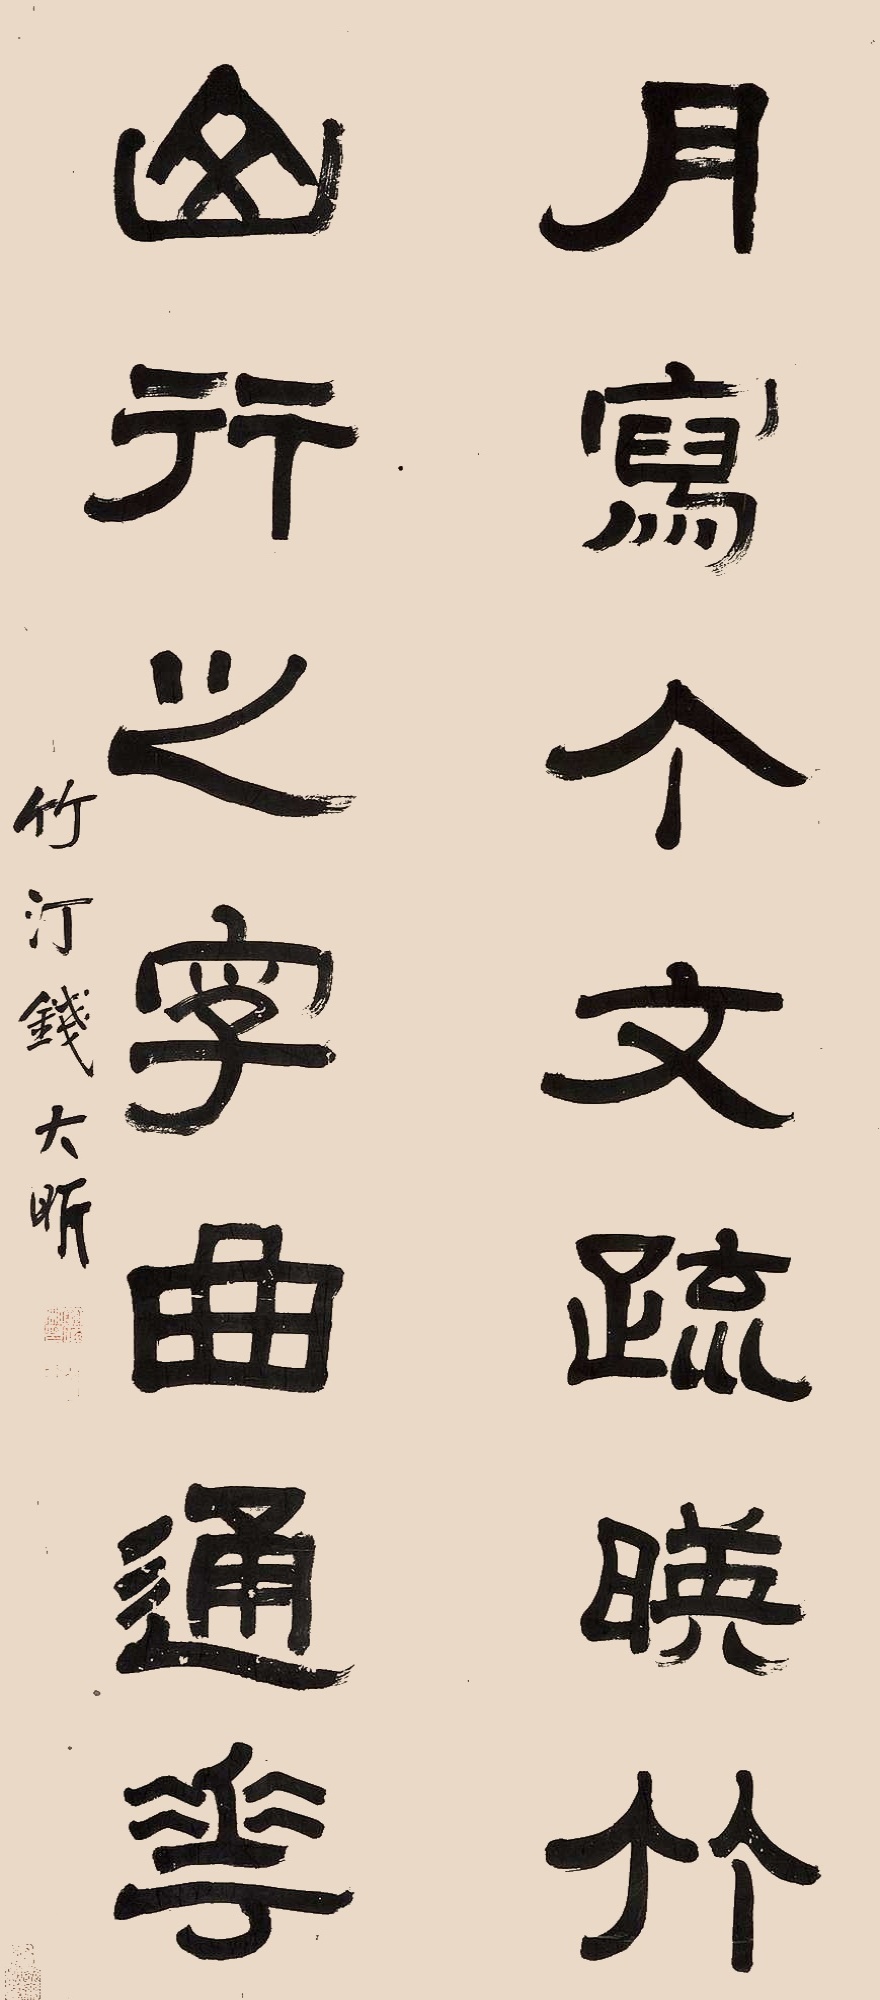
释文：月写个文疏映竹，山行之字曲通花。竹汀钱大昕。